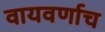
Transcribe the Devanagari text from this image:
वायवर्णाच